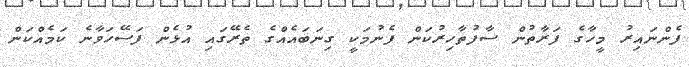
ފެންނައިރު މީހާގެ ފަރާތުން ސާފުތާހިރުކަން ފެނުމަކީ ގިނަބައެއްގެ ތެރޭގައި އުޅެން ފަސޭހަވާނެ ކަމެއްކަން